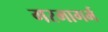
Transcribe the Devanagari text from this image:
गरमागर्म